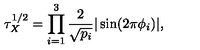
\tau _ { X } ^ { 1 / 2 } = \prod _ { i = 1 } ^ { 3 } \frac { 2 } { \sqrt { p _ { i } } } | \sin ( 2 \pi \phi _ { i } ) | ,